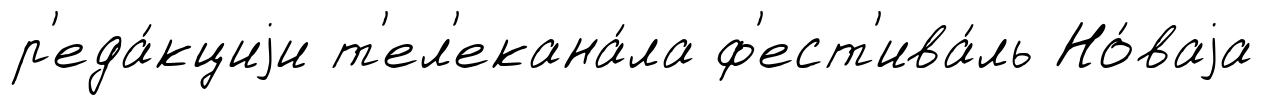
р'еда́кциjи т'ел'екана́ла ф'ест'ива́ль Но́ваjа